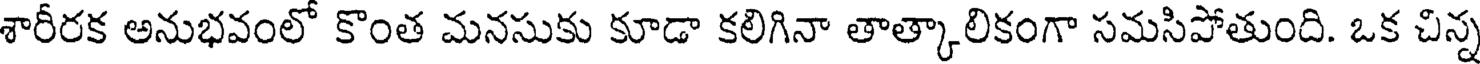
శారీరక అనుభవంలో కొంత మనసుకు కూడా కలిగినా తాత్కాలికంగా సమసిపోతుంది. ఒక చిన్న